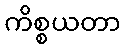
ကိစ္စယတာ